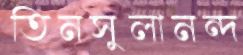
তিনসুলানন্দ